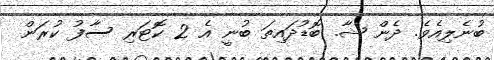
ބުނެލިއެވެ. ދެން ޝާ. ބޮޑުދައިތަ ބުނީ އެ 2 ކޮޓަރި ސާފު ކުރަން